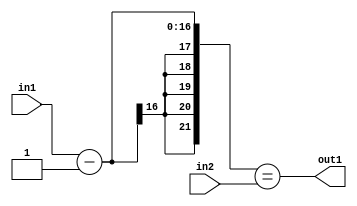
`timescale 1ps / 1ps
/*****************************************************************************
    Verilog RTL Description
    
    
    Created by: Stratus DpOpt 2019.1.01 
*******************************************************************************/

module st_feature_addr_gen_EqSubi1u16u16_4_1 (
	in2,
	in1,
	out1
	); /* architecture "behavioural" */ 
input [15:0] in2,
	in1;
output  out1;
wire  asc001;
wire [16:0] asc003;

assign asc003 = 
	+(in1)
	-(17'B00000000000000001);

assign asc001 = ({{5{asc003[16]}}, asc003}==in2);

assign out1 = asc001;
endmodule

/* CADENCE  uLDxTwE= : u9/ySgnWtBlWxVPRXgAZ4Og= ** DO NOT EDIT THIS LINE ******/